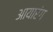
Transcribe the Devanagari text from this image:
आयारंग